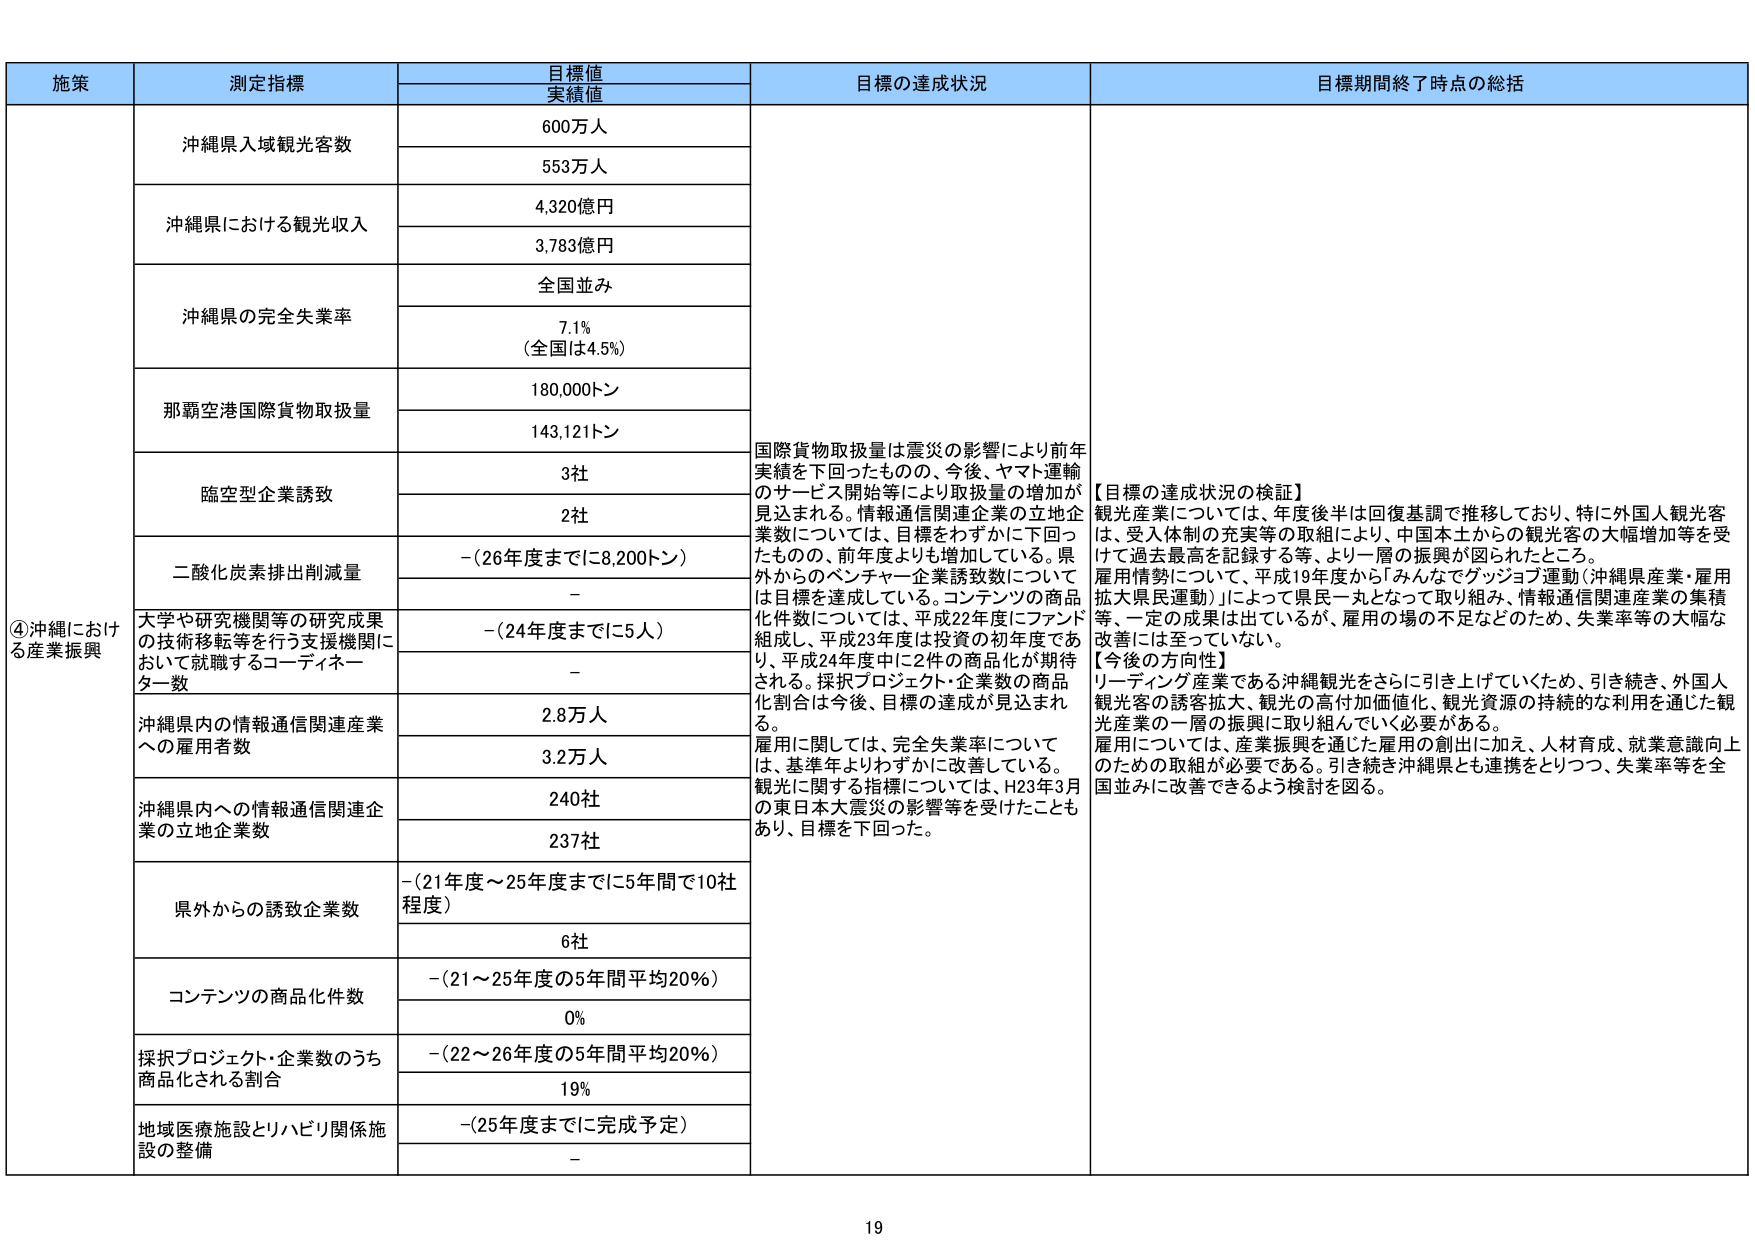
施策
測定指標
目標値
実績値
目標の達成状況
目標期間終了時点の総括
④沖縄における産業振興
沖縄県入域観光客数
600万人
553万人
沖縄県における観光収入
4,320億円
3,783億円
沖縄県の完全失業率
全国並み
7.1%
（全国は4.5%）
那覇空港国際貨物取扱量
180,000トン
143,121トン
臨空型企業誘致
3社
2社
二酸化炭素排出削減量
－（26年度までに8,200トン）
－
大学や研究機関等の研究成果の技術移転等を行う支援機関において就職するコーディネーター数
－（24年度までに5人）
－
沖縄県内の情報通信関連産業への雇用者数
2.8万人
3.2万人
沖縄県内への情報通信関連企業の立地企業数
240社
237社
県外からの誘致企業数
－（21年度～25年度までに5年間で10社程度）
6社
コンテンツの商品化件数
－（21～25年度の5年間平均20%）
0%
採択プロジェクト・企業数のうち商品化される割合
－（22～26年度の5年間平均20%）
19%
地域医療施設とリハビリ関係施設の整備
－（25年度までに完成予定）
－
国際貨物取扱量は震災の影響により前年実績を下回ったものの、今後、ヤマト運輸のサービス開始等により取扱量の増加が見込まれる。情報通信関連企業の立地企業数については、目標をわずかに下回ったものの、前年度よりも増加している。県外からのベンチャー企業誘致数については目標を達成している。コンテンツの商品化件数については、平成22年度にファンド組成し、平成23年度は投資の初年度であり、平成24年度中に2件の商品化が期待される。採択プロジェクト・企業数の商品化割合は今後、目標の達成が見込まれる。
雇用に関しては、完全失業率については、基準年よりわずかに改善している。観光に関する指標については、H23年3月の東日本大震災の影響等を受けたこともあり、目標を下回った。
【目標の達成状況の検証】
観光産業については、年度後半は回復基調で推移しており、特に外国人観光客は、受入体制の充実等の取組により、中国本土からの観光客の大幅増加等を受けて過去最高を記録する等、より一層の振興が図られたところ。
雇用情勢について、平成19年度から「みんなでグッジョブ運動（沖縄県産業・雇用拡大県民運動）」によって県民一丸となって取り組み、情報通信関連産業の集積等、一定の成果は出ているが、雇用の場の不足などのため、失業率等の大幅な改善には至っていない。
【今後の方向性】
リーディング産業である沖縄観光をさらに引き上げていくため、引き続き、外国人観光客の誘客拡大、観光の高付加価値化、観光資源の持続的な利用を通じた観光産業の一層の振興に取り組んでいく必要がある。
雇用については、産業振興を通じた雇用の創出に加え、人材育成、就業意識向上のための取組が必要である。引き続き沖縄県とも連携をとりつつ、失業率等を全国並みに改善できるよう検討を図る。
19